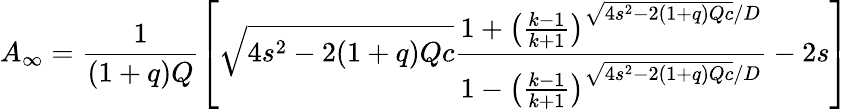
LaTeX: A_{\infty}=\frac{1}{(1+q)Q}\left[\sqrt{4s^{2}-2(1+q)Qc}\frac{1+\left(\frac{k-1}{k+1}\right)^{\sqrt{4s^{2}-2(1+q)Qc}/D}}{1-\left(\frac{k-1}{k+1}\right)^{\sqrt{4s^{2}-2(1+q)Qc}/D}}-2s\right]